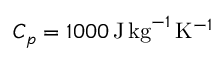
C _ { p } = 1 0 0 0 \, \mathrm { J } \, \mathrm { k g } ^ { - 1 } \, \mathrm { K } ^ { - 1 }